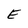
Character: E